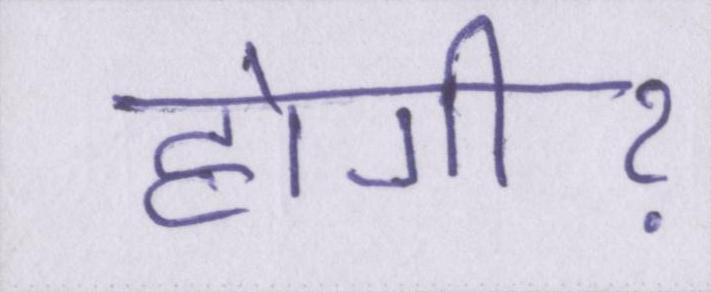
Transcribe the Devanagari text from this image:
होगीॽ